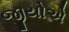
જીયોએ